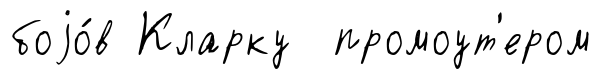
боjо́в Кларку промоут'ером